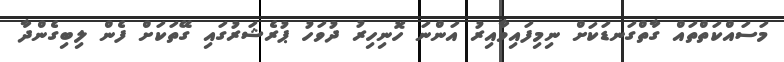
މަސައްކަތްތައް ގާތްގަނޑަކަށް ނިމިފައިވާއިރު އަންނަ ހޮނިހިރު ދުވަހު ޕުރެޝަރުގައި ގޭތަކަށް ފެން ލިބިގެންދާ